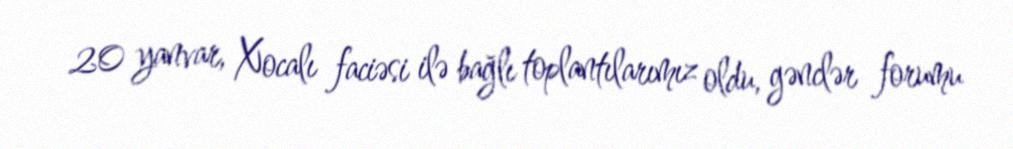
20 yanvar, Xocalı faciəsi ilə bağlı toplantılarımız oldu, gənclər forumu